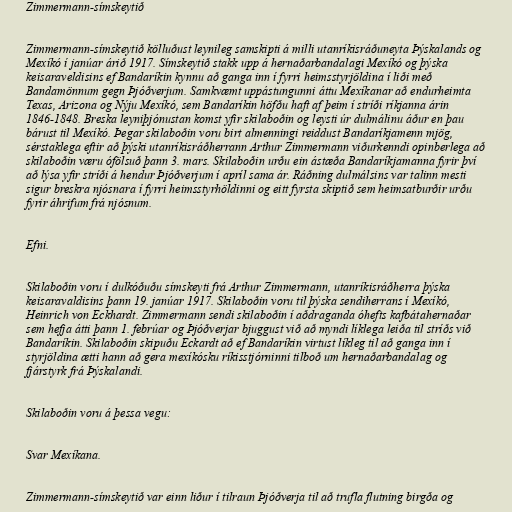
Zimmermann-símskeytið

Zimmermann-símskeytið kölluðust leynileg samskipti á milli utanríkisráðuneyta Þýskalands og
Mexíkó í janúar árið 1917. Símskeytið stakk upp á hernaðarbandalagi Mexíkó og þýska
keisaraveldisins ef Bandaríkin kynnu að ganga inn í fyrri heimsstyrjöldina í liði með
Bandamönnum gegn Þjóðverjum. Samkvæmt uppástungunni áttu Mexíkanar að endurheimta
Texas, Arizona og Nýju Mexíkó, sem Bandaríkin höfðu haft af þeim í stríði ríkjanna árin
1846-1848. Breska leyniþjónustan komst yfir skilaboðin og leysti úr dulmálinu áður en þau
bárust til Mexíkó. Þegar skilaboðin voru birt almenningi reiddust Bandaríkjamenn mjög,
sérstaklega eftir að þýski utanríkisráðherrann Arthur Zimmermann viðurkenndi opinberlega að
skilaboðin væru ófölsuð þann 3. mars. Skilaboðin urðu ein ástæða Bandaríkjamanna fyrir því
að lýsa yfir stríði á hendur Þjóðverjum í apríl sama ár. Ráðning dulmálsins var talinn mesti
sigur breskra njósnara í fyrri heimsstyrhöldinni og eitt fyrsta skiptið sem heimsatburðir urðu
fyrir áhrifum frá njósnum.

Efni.

Skilaboðin voru í dulkóðuðu símskeyti frá Arthur Zimmermann, utanríkisráðherra þýska
keisaravaldisins þann 19. janúar 1917. Skilaboðin voru til þýska sendiherrans í Mexíkó,
Heinrich von Eckhardt. Zimmermann sendi skilaboðin í aðdraganda óhefts kafbátahernaðar
sem hefja átti þann 1. febrúar og Þjóðverjar bjuggust við að myndi líklega leiða til stríðs við
Bandaríkin. Skilaboðin skipuðu Eckardt að ef Bandaríkin virtust líkleg til að ganga inn í
styrjöldina ætti hann að gera mexíkósku ríkisstjórninni tilboð um hernaðarbandalag og
fjárstyrk frá Þýskalandi.

Skilaboðin voru á þessa vegu:

Svar Mexíkana.

Zimmermann-símskeytið var einn liður í tilraun Þjóðverja til að trufla flutning birgða og